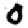
Digit: 0